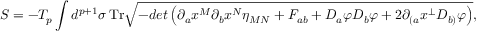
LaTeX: S = - T _ { p } \int d ^ { p + 1 } \sigma \, \mathrm { T r } \sqrt { - d e t \left( \partial _ { a } x ^ { M } \partial _ { b } x ^ { N } \eta _ { M N } + F _ { a b } + D _ { a } \varphi D _ { b } \varphi + 2 \partial _ { ( a } x ^ { \bot } D _ { b ) } \varphi \right) } ,